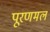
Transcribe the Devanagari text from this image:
पूरणमल